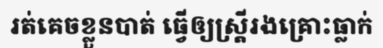
រត់គេចខ្លួនបាត់ ធ្វើឲ្យស្ត្រីរងគ្រោះធ្លាក់